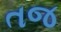
તજ